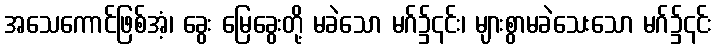
အသေကောင်ဖြစ်အံ့၊ ခွေး မြေခွေးတို့ မခဲသော မဂ်၌၎င်း၊ များစွာမခဲသေးသော မဂ်၌၎င်း